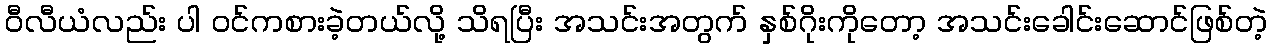
ဝီလီယံလည်း ပါ ဝင်ကစားခဲ့တယ်လို့ သိရပြီး အသင်းအတွက် နှစ်ဂိုးကိုတော့ အသင်းခေါင်းဆောင်ဖြစ်တဲ့